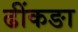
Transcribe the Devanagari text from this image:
ढींकङा